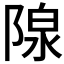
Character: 𬯏